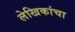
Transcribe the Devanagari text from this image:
लेखिकांचा